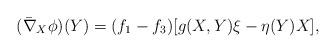
LaTeX: \begin{align*}(\bar{\nabla}_X\phi)(Y) = (f_1-f_3)[g(X,Y)\xi - \eta(Y)X],\end{align*}